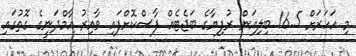
މި އަހަރަށް 16.5 ބިލިއަން ރުފިޔާގެ ބަޖެޓެއް ފާސްކޮށްފައި ވާއިރު އާމްދަނީގެ ގޮތުގައި